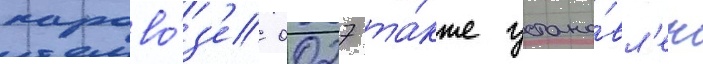
парово́з'е 0027 та́кже устано́вл'ен